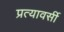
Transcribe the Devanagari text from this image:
प्रत्यावर्सी